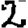
Digit: 2